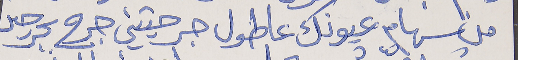
من سهام عيونك عاطول جرحتيني جرح بجرحين